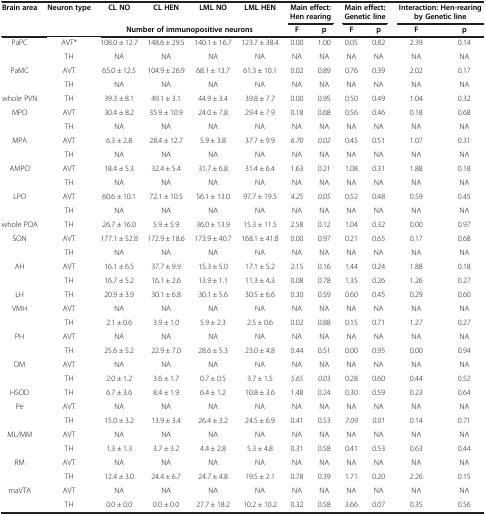
<table><thead><tr><td><b>Brain area</b></td><td><b>Neuron type</b></td><td><b>CL NO</b></td><td><b>CL HEN</b></td><td><b>LML NO</b></td><td><b>LML HEN</b></td><td colspan="2"><b>Main effect: Hen rearing</b></td><td colspan="2"><b>Main effect: Genetic line</b></td><td colspan="2"><b>Interaction: Hen-rearing by Genetic line</b></td></tr><tr><td><b> </b></td><td><b> </b></td><td colspan="4"><b>Number of immunopositive neurons</b></td><td><b>F</b></td><td><b>p</b></td><td><b>F</b></td><td><b>p</b></td><td><b>F</b></td><td><b>p</b></td></tr></thead><tbody><tr><td>PaPC</td><td>AVT*</td><td>108.0 ± 12.7</td><td>148.6 ± 29.5</td><td>140.1 ± 16.7</td><td>123.7 ± 38.4</td><td>0.00</td><td>1.00</td><td>0.05</td><td>0.82</td><td>2.39</td><td>0.14</td></tr><tr><td> </td><td>TH</td><td>NA</td><td>NA</td><td>NA</td><td>NA</td><td>NA</td><td>NA</td><td>NA</td><td>NA</td><td>NA</td><td>NA</td></tr><tr><td>PaMC</td><td>AVT</td><td>65.0 ± 12.5</td><td>104.9 ± 26.9</td><td>68.1 ± 13.7</td><td>61.3 ± 10.1</td><td>0.02</td><td>0.89</td><td>0.76</td><td>0.39</td><td>2.02</td><td>0.17</td></tr><tr><td> </td><td>TH</td><td>NA</td><td>NA</td><td>NA</td><td>NA</td><td>NA</td><td>NA</td><td>NA</td><td>NA</td><td>NA</td><td>NA</td></tr><tr><td>whole PVN</td><td>TH</td><td>39.3 ± 8.1</td><td>49.1 ± 3.1</td><td>44.9 ± 3.4</td><td>39.8 ± 7.7</td><td>0.00</td><td>0.95</td><td>0.50</td><td>0.49</td><td>1.04</td><td>0.32</td></tr><tr><td>MPO</td><td>AVT</td><td>30.4 ± 8.2</td><td>35.9 ± 10.9</td><td>24.0 ± 7.8</td><td>29.4 ± 7.9</td><td>0.18</td><td>0.68</td><td>0.56</td><td>0.46</td><td>0.18</td><td>0.68</td></tr><tr><td> </td><td>TH</td><td>NA</td><td>NA</td><td>NA</td><td>NA</td><td>NA</td><td>NA</td><td>NA</td><td>NA</td><td>NA</td><td>NA</td></tr><tr><td>MPA</td><td>AVT</td><td>6.3 ± 2.8</td><td>28.4 ± 12.7</td><td>5.9 ± 3.8</td><td>37.7 ± 9.9</td><td><i>6.70</i></td><td><i>0.02</i></td><td>0.45</td><td>0.51</td><td>1.07</td><td>0.31</td></tr><tr><td> </td><td>TH</td><td>NA</td><td>NA</td><td>NA</td><td>NA</td><td>NA</td><td>NA</td><td>NA</td><td>NA</td><td>NA</td><td>NA</td></tr><tr><td>AMPO</td><td>AVT</td><td>18.4 ± 5.3</td><td>32.4 ± 5.4</td><td>31.7 ± 6.8</td><td>31.4 ± 6.4</td><td>1.63</td><td>0.21</td><td>1.08</td><td>0.31</td><td>1.88</td><td>0.18</td></tr><tr><td> </td><td>TH</td><td>NA</td><td>NA</td><td>NA</td><td>NA</td><td>NA</td><td>NA</td><td>NA</td><td>NA</td><td>NA</td><td>NA</td></tr><tr><td>LPO</td><td>AVT</td><td>60.6 ± 10.1</td><td>72.1 ± 10.5</td><td>56.1 ± 13.0</td><td>97.7 ± 19.5</td><td><i>4.25</i></td><td><i>0.05</i></td><td>0.52</td><td>0.48</td><td>0.59</td><td>0.45</td></tr><tr><td> </td><td>TH</td><td>NA</td><td>NA</td><td>NA</td><td>NA</td><td>NA</td><td>NA</td><td>NA</td><td>NA</td><td>NA</td><td>NA</td></tr><tr><td>whole POA</td><td>TH</td><td>26.7 ± 16.0</td><td>5.9 ± 5.9</td><td>36.0 ± 13.9</td><td>15.3 ± 11.5</td><td>2.58</td><td>0.12</td><td>1.04</td><td>0.32</td><td>0.00</td><td>0.97</td></tr><tr><td>SON</td><td>AVT</td><td>177.1 ± 52.8</td><td>172.9 ± 18.6</td><td>173.9 ± 40.7</td><td>168.1 ± 41.8</td><td>0.00</td><td>0.97</td><td>0.21</td><td>0.65</td><td>0.17</td><td>0.68</td></tr><tr><td> </td><td>TH</td><td>NA</td><td>NA</td><td>NA</td><td>NA</td><td>NA</td><td>NA</td><td>NA</td><td>NA</td><td>NA</td><td>NA</td></tr><tr><td>AH</td><td>AVT</td><td>16.1 ± 6.5</td><td>37.7 ± 9.9</td><td>15.3 ± 5.0</td><td>17.1 ± 5.2</td><td>2.15</td><td>0.16</td><td>1.44</td><td>0.24</td><td>1.88</td><td>0.18</td></tr><tr><td> </td><td>TH</td><td>16.7 ± 5.2</td><td>16.1 ± 2.6</td><td>13.9 ± 1.1</td><td>11.3 ± 4.3</td><td>0.08</td><td>0.78</td><td>1.35</td><td>0.26</td><td>1.26</td><td>0.27</td></tr><tr><td>LH</td><td>TH</td><td>20.9 ± 3.9</td><td>30.1 ± 6.8</td><td>30.1 ± 5.6</td><td>30.5 ± 6.6</td><td>0.30</td><td>0.59</td><td>0.60</td><td>0.45</td><td>0.29</td><td>0.60</td></tr><tr><td>VMH</td><td>AVT</td><td>NA</td><td>NA</td><td>NA</td><td>NA</td><td>NA</td><td>NA</td><td>NA</td><td>NA</td><td>NA</td><td>NA</td></tr><tr><td> </td><td>TH</td><td>2.1 ± 0.6</td><td>3.9 ± 1.0</td><td>5.9 ± 2.3</td><td>2.5 ± 0.6</td><td>0.02</td><td>0.88</td><td>0.15</td><td>0.71</td><td>1.27</td><td>0.27</td></tr><tr><td>PH</td><td>AVT</td><td>NA</td><td>NA</td><td>NA</td><td>NA</td><td>NA</td><td>NA</td><td>NA</td><td>NA</td><td>NA</td><td>NA</td></tr><tr><td> </td><td>TH</td><td>25.6 ± 5.2</td><td>22.9 ± 7.0</td><td>28.6 ± 5.3</td><td>23.0 ± 4.8</td><td>0.44</td><td>0.51</td><td>0.00</td><td>0.95</td><td>0.00</td><td>0.94</td></tr><tr><td>DM</td><td>AVT</td><td>NA</td><td>NA</td><td>NA</td><td>NA</td><td>NA</td><td>NA</td><td>NA</td><td>NA</td><td>NA</td><td>NA</td></tr><tr><td> </td><td>TH</td><td>2.0 ± 1.2</td><td>3.6 ± 1.7</td><td>0.7 ± 0.5</td><td>3.7 ± 1.5</td><td><i>5.65</i></td><td><i>0.03</i></td><td>0.28</td><td>0.60</td><td>0.44</td><td>0.52</td></tr><tr><td>HSOD</td><td>TH</td><td>6.7 ± 3.6</td><td>8.4 ± 1.9</td><td>6.4 ± 1.2</td><td>10.8 ± 3.6</td><td>1.48</td><td>0.24</td><td>0.30</td><td>0.59</td><td>0.23</td><td>0.64</td></tr><tr><td>Pe</td><td>AVT</td><td>NA</td><td>NA</td><td>NA</td><td>NA</td><td>NA</td><td>NA</td><td>NA</td><td>NA</td><td>NA</td><td>NA</td></tr><tr><td> </td><td>TH</td><td>15.0 ± 3.2</td><td>13.9 ± 3.4</td><td>26.4 ± 3.2</td><td>24.5 ± 6.9</td><td>0.41</td><td>0.53</td><td><i>7.09</i></td><td><i>0.01</i></td><td>0.14</td><td>0.71</td></tr><tr><td>ML/MM</td><td>AVT</td><td>NA</td><td>NA</td><td>NA</td><td>NA</td><td>NA</td><td>NA</td><td>NA</td><td>NA</td><td>NA</td><td>NA</td></tr><tr><td> </td><td>TH</td><td>1.3 ± 1.3</td><td>3.7 ± 3.2</td><td>4.4 ± 2.8</td><td>5.3 ± 4.8</td><td>0.31</td><td>0.58</td><td>0.41</td><td>0.53</td><td>0.63</td><td>0.44</td></tr><tr><td>RM</td><td>AVT</td><td>NA</td><td>NA</td><td>NA</td><td>NA</td><td>NA</td><td>NA</td><td>NA</td><td>NA</td><td>NA</td><td>NA</td></tr><tr><td> </td><td>TH</td><td>12.4 ± 3.0</td><td>24.4 ± 6.7</td><td>24.7 ± 4.8</td><td>19.5 ± 2.1</td><td>0.78</td><td>0.39</td><td>1.71</td><td>0.20</td><td>2.26</td><td>0.15</td></tr><tr><td>maVTA</td><td>AVT</td><td>NA</td><td>NA</td><td>NA</td><td>NA</td><td>NA</td><td>NA</td><td>NA</td><td>NA</td><td>NA</td><td>NA</td></tr><tr><td> </td><td>TH</td><td>0.0 ± 0.0</td><td>0.0 ± 0.0</td><td>27.7 ± 18.2</td><td>10.2 ± 10.2</td><td>0.32</td><td>0.58</td><td>3.66</td><td>0.07</td><td>0.35</td><td>0.56</td></tr></tbody></table>